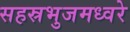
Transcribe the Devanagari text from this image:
सहस्रभुजमध्वरे